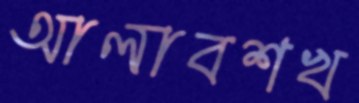
আলাবশখ